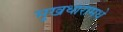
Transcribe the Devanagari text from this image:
मुखधारामधे